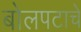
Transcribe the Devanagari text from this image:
बोलपटाचे